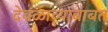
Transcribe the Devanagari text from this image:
देवळाच्याबाबत